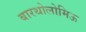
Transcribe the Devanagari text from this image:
बारथोलोमिऊ